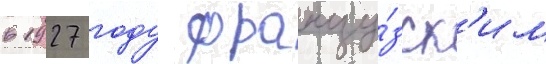
в 1927 году францу́зск'им